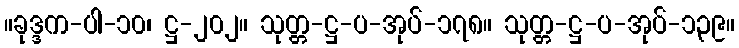
။ခုဒ္ဒက-ပါ-၁၀၊ ဋ္ဌ-၂၀၂။ သုတ္တ-ဋ္ဌ-ပ-အုပ်-၁၇၈။ သုတ္တ-ဋ္ဌ-ပ-အုပ်-၁၃၉။